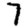
Digit: 7